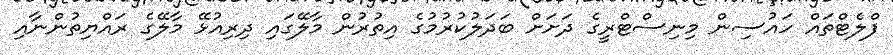
ފްލެޓްތައް ހައުސިން މިނިސްޓްރީގެ ދަށަށް ބަދަލުކުރުމުގެ އިތުރުން މާލޭގައި ދިރިއުޅޭ މާލޭގެ ރައްޔިތުންނާއި